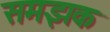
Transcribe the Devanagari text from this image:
समझक